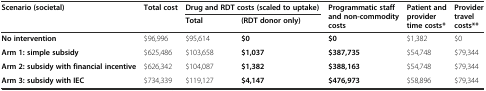
| <ROWSPAN=2> Scenario (societal) | <ROWSPAN=2> Total cost | <COLSPAN=2> Drug and RDT costs (scaled to uptake) | <ROWSPAN=2> Programmatic staff and non-commodity costs | <ROWSPAN=2> Patient and provider time costs* | <ROWSPAN=2> Provider travel costs** |
 | Total | (RDT donor only) |
 | --- | --- | --- | --- | --- | --- | --- |
 | No intervention | $96,996 | $95,614 | $0 | $0 | $1,382 | $0 |
 | Arm 1: simple subsidy | $625,486 | $103,658 | $1,037 | $387,735 | $54,748 | $79,344 |
 | Arm 2: subsidy with financial incentive | $626,342 | $104,087 | $1,382 | $388,163 | $54,748 | $79,344 |
 | Arm 3: subsidy with IEC | $734,339 | $119,127 | $4,147 | $476,973 | $58,896 | $79,344 |